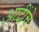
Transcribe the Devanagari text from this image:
आदींंचे